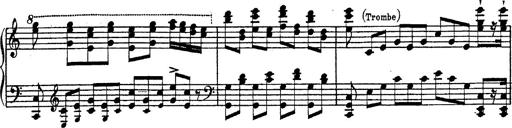
Title: Fantasie Ã¼ber Themen aus Mozarts Figaro und Don Giovanni
Composer: Franz Liszt